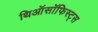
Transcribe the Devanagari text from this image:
थिऑसॉफिस्ट्स